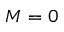
M = 0